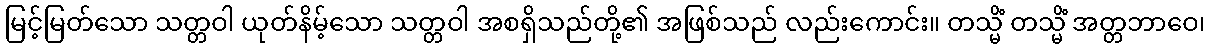
မြင့်မြတ်သော သတ္တဝါ ယုတ်နိမ့်သော သတ္တဝါ အစရှိသည်တို့၏ အဖြစ်သည် လည်းကောင်း။ တသ္မိံ တသ္မိံ အတ္တဘာဝေ၊